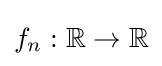
f_{n}:\mathbb {R} \to \mathbb {R}